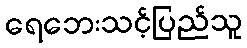
ရေဘေးသင့်ပြည်သူ